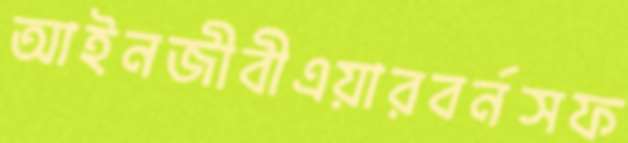
আইনজীবীএয়ারবর্নসফ